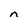
Character: n